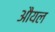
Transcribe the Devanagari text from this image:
औयल